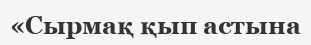
«Сырмақ қып астына